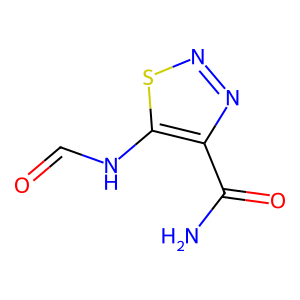
SMILES: NC(=O)c1nnsc1NC=O
Inhibits HIV replication: No